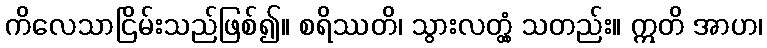
ကိလေသာငြိမ်းသည်ဖြစ်၍။ စရိဿတိ၊ သွားလတ္တံ့ သတည်း။ ဣတိ အာဟ၊